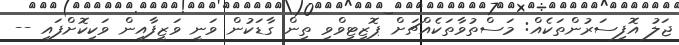
ޖަލު އޮފިސަރުންތަކެއް: މަސްތުވާތަކެއްޗަށް ޕޮޒިޓިވްވި ތިން ގާޑަކުން ވަނީ ވަޒީފާއިން ވަކިކޮށްފައި --